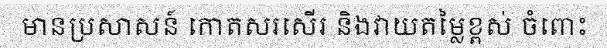
មានប្រសាសន៍ កោតសរសើរ និងវាយតម្លៃខ្ពស់ ចំពោះ